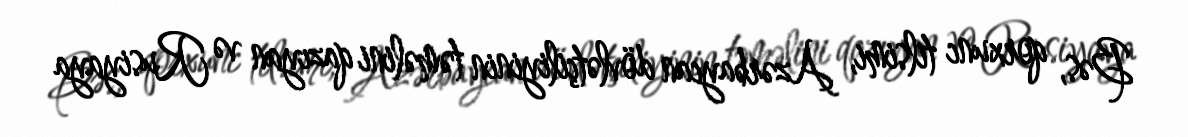
Bəs, qorxunc tilsimi, Azərbaycan dövlətçiliyinin təməlini qazıyan və Rusiyaya